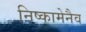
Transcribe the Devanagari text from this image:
निष्कामेनैव